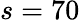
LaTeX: s=70